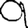
Digit: 9